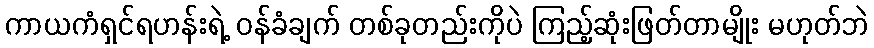
ကာယကံရှင်ရဟန်းရဲ့ ဝန်ခံချက် တစ်ခုတည်းကိုပဲ ကြည့်ဆုံးဖြတ်တာမျိုး မဟုတ်ဘဲ